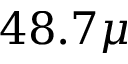
4 8 . 7 \mu